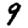
Digit: 9